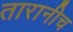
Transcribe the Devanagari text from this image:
तारानीच